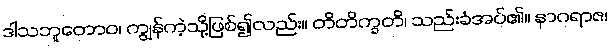
ဒါသဘူတောဝ၊ ကျွန်ကဲ့သို့ဖြစ်၍လည်း။ တိတိက္ခတိ၊ သည်းခံအပ်၏။ နာဂရာဇ၊